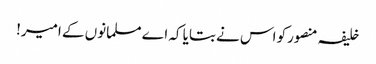
خلیفہ منصورکو اس نے بتایا کہ اے مسلمانوں کے امیر!